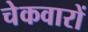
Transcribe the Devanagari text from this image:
चेकवारों